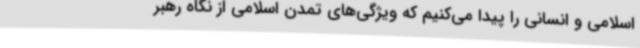
اسلامی و انسانی را پیدا می‌کنیم که ویژگی‌های تمدن اسلامی از نگاه رهبر